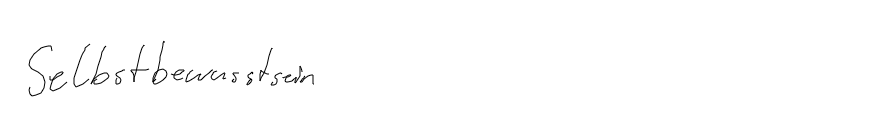
Selbstbewusstsein